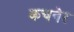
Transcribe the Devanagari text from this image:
कचनेर